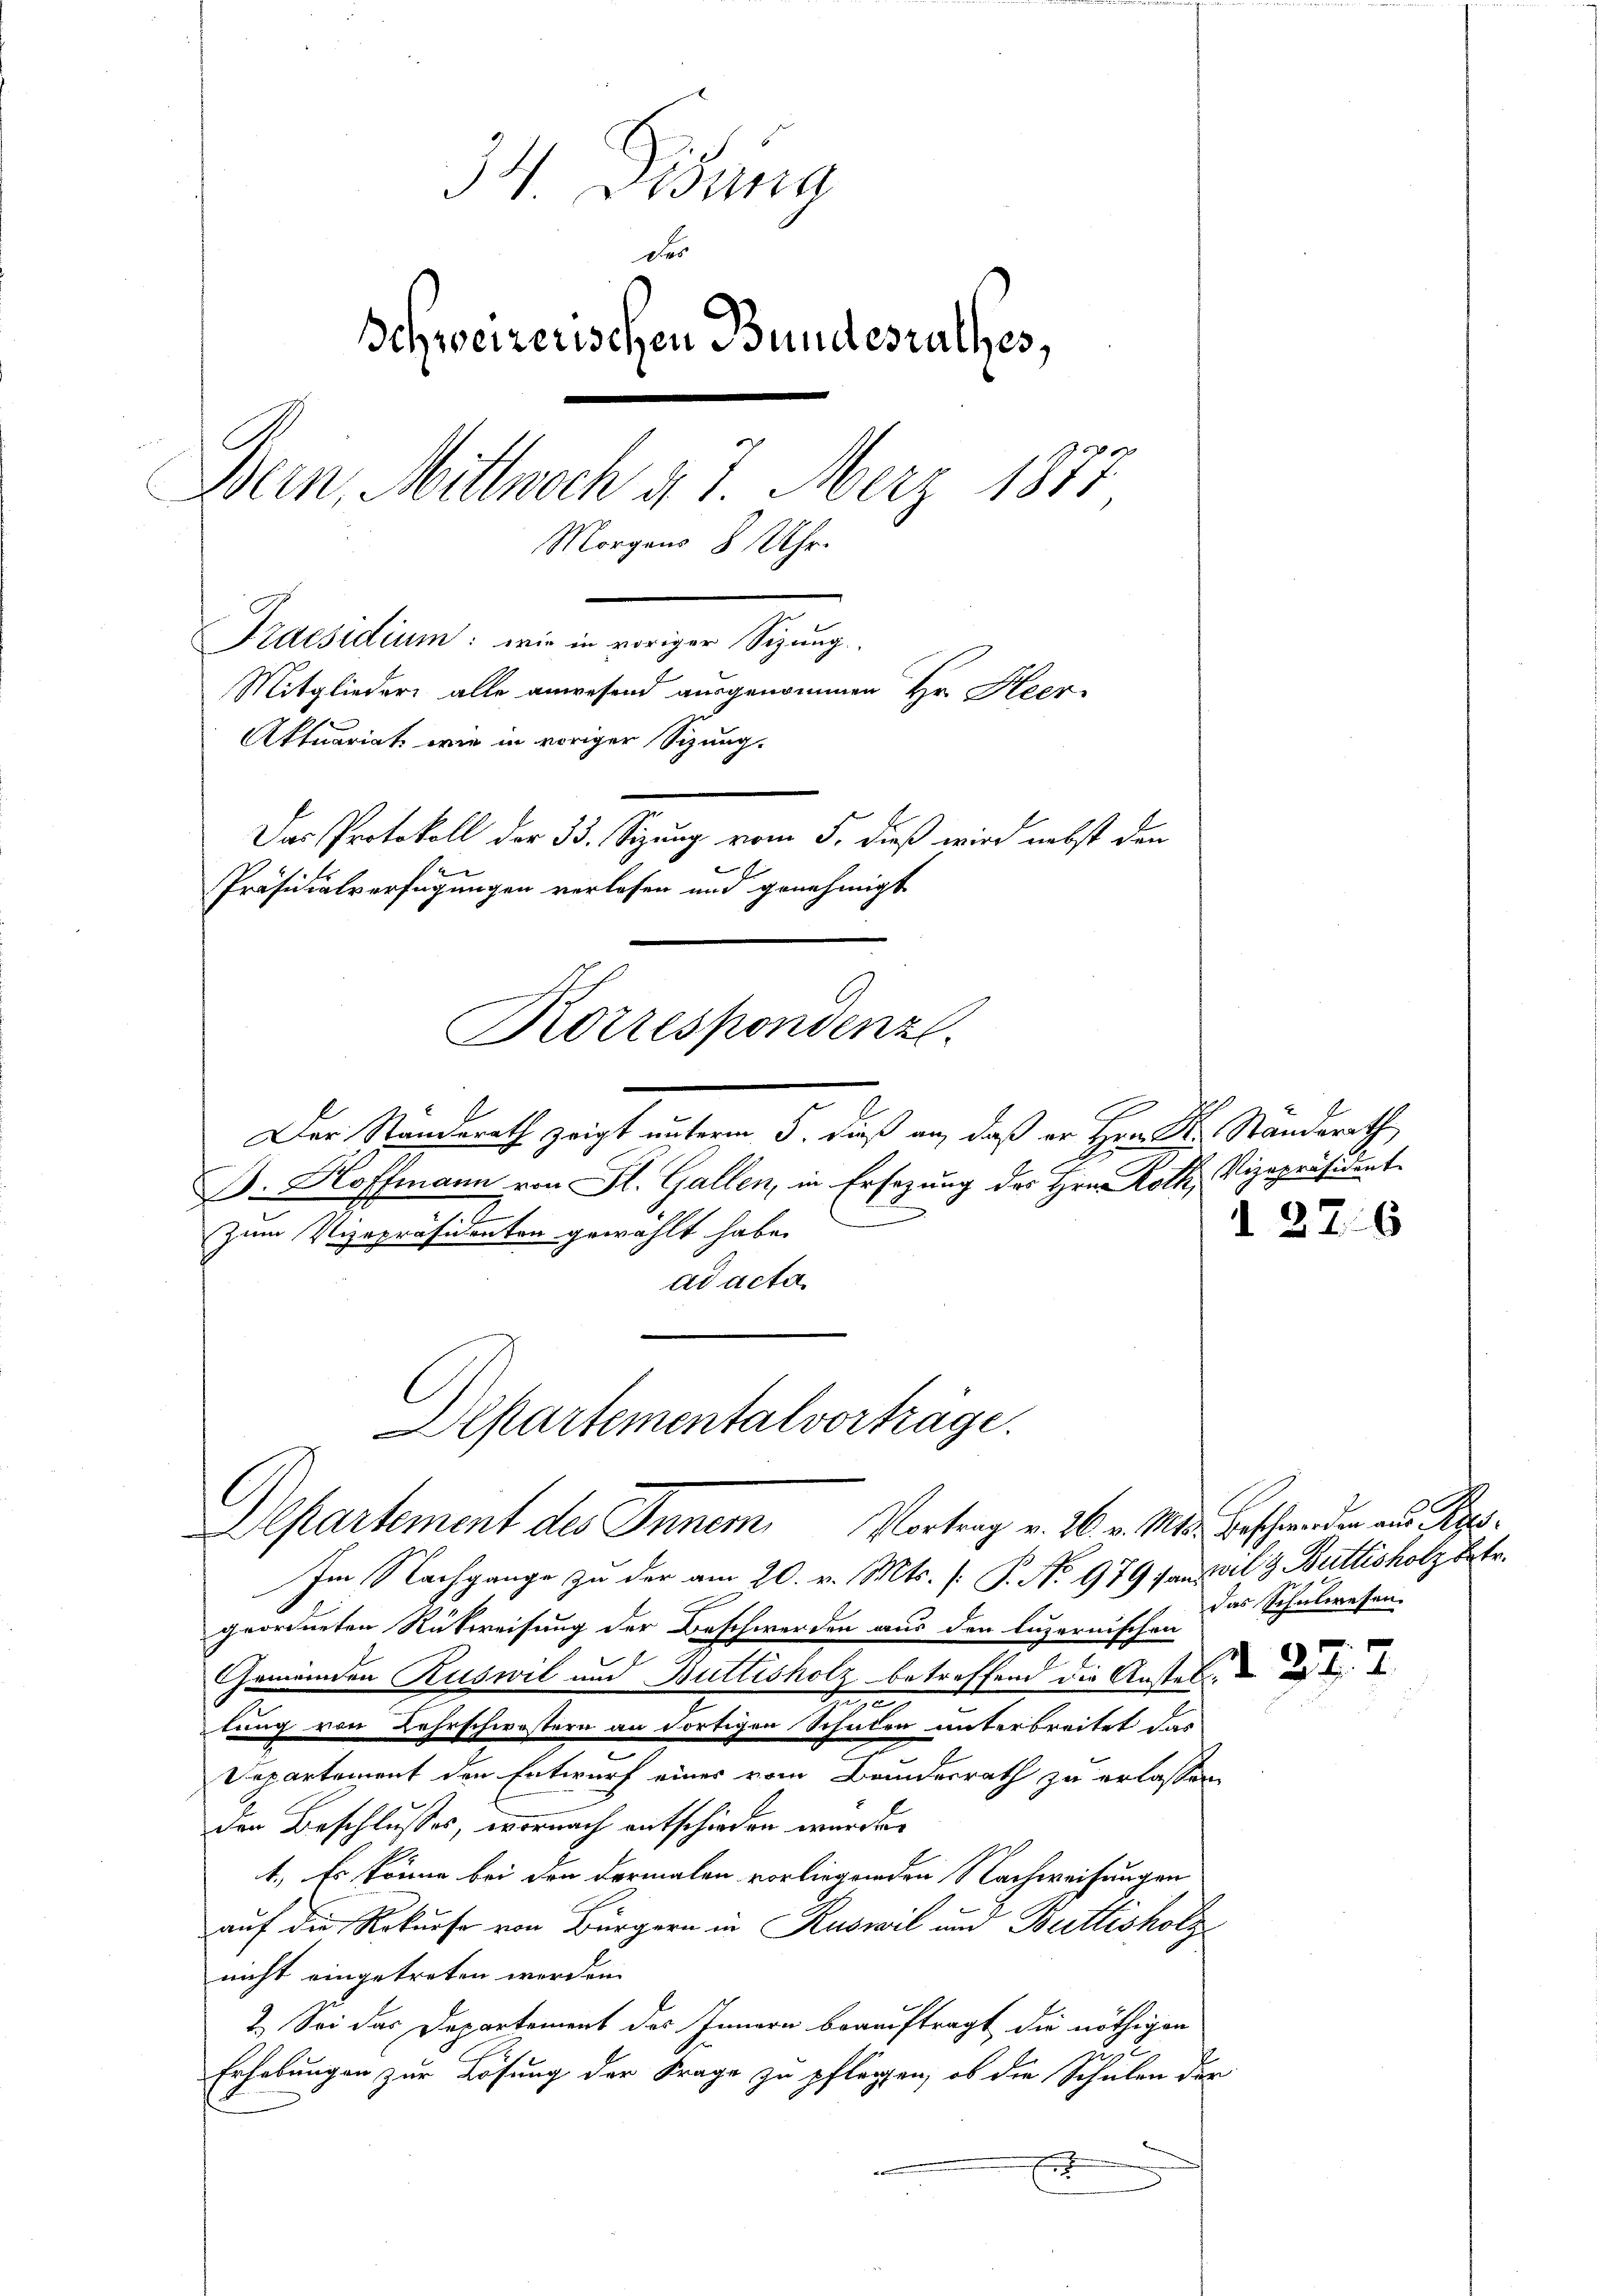
34 Didung
des
Schweizerischen Bundesrathes,
Bern, Mittwoch d. J. Merz 1877
Morgens 8 Uhr.
Praesidium: wie in voriger Sizung.
Mitglieder alle anwesend ausgenommen Hr. Heer-
Aktuariat, wie in voriger Sizung.
Das Protokoll der 33. Sizung vom 5. dieß wird nebst den

Präsidialverfügungen verlesen und genehmigt

Korrespondenz.

Der Standerath zeigt unterm 5. dieß an, daß er Hrn. Dr. Standerath
B. Hoffmann von St. Gallen, in Ersezung des Hrn. Roth, Vizepräsident
Zum Vizepräsidenten gewählt habe.
ad acta
Departementalvorträge.

Departement des Innem Vortrag v. 26. v. Mts. Beschwenden aus Pro¬

Im Nachgange zu der am 20. v. Mts. [ P. No 979 sanstal & Buttisholz betr.
geordneten Rückweisung der Beschwerden aus den luzernischen
Gemeinden Ruswil und Buttisholz betreffend die Anstet d
S
lung von Lehrschwestern an dortigen Schulen unterbreitet dar
Departement den Entwurf eines vom Bundesrath zu erlassen,
den Beschlusses, wornach entschieden wurde.
t. Es könne bei den dermalen vorliegenden Nachweisungen
auf die Rekurse von Bürgern in Ruswil und Buttisholz
nicht eingetreten werden.
2. Sei das Departement des Innern beauftragt die nöthigen
z
Erhebungen zur Lösung der Frage zu pflegen, ob die Schulen der
E

1276

das Schulwesen.